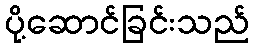
ပို့ဆောင်ခြင်းသည်